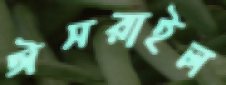
ঈসরাইল